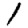
Digit: 1